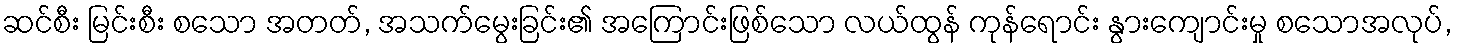
ဆင်စီး မြင်းစီး စသော အတတ်, အသက်မွေးခြင်း၏ အကြောင်းဖြစ်သော လယ်ထွန် ကုန်ရောင်း နွားကျောင်းမှု စသောအလုပ်,